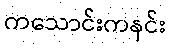
ကသောင်းကနင်း